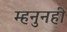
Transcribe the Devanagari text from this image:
म्हनुनही